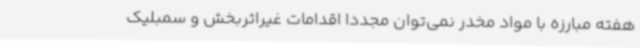
هفته مبارزه با مواد مخدر نمی‌توان مجددا اقدامات غیراثربخش و سمبلیک